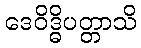
ဒေဝိဒ္ဓိပတ္တာသိ